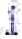
1